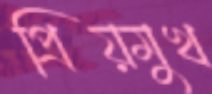
প্রিয়মুখ